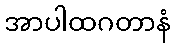
အာပါထဂတာနံ